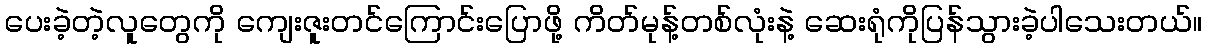
ပေးခဲ့တဲ့လူတွေကို ကျေးဇူးတင်ကြောင်းပြောဖို့ ကိတ်မုန့်တစ်လုံးနဲ့ ဆေးရုံကိုပြန်သွားခဲ့ပါသေးတယ်။